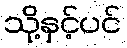
သို့နှင့်ပင်